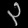
Digit: ၃